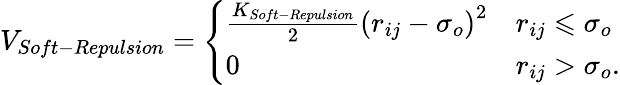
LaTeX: V_{Soft-Repulsion}=\left\{ \begin{array}{ll}{\frac{K_{Soft-Repulsion}}{2}\left(r_{ij}-\sigma_{o}\right)^{2}}&{r_{ij}\leqslant\sigma_{o}}\\ {0}&{r_{ij}>\sigma_{o}.}\end{array}\right.